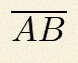
\overline{AB}